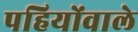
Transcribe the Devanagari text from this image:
पहियोंवाले